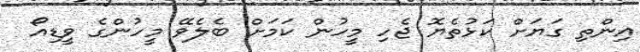
އިންތި ގަޔަށް ކަޅުތެޔޮ ޖެހި މީހުން ކަމަށް ބެލެވޭ މީހުންގެ ވީޑިއޯ